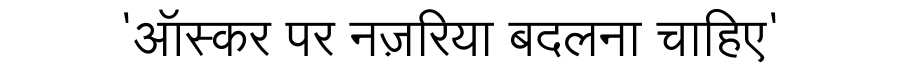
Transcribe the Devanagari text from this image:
'ऑस्कर पर नज़रिया बदलना चाहिए'